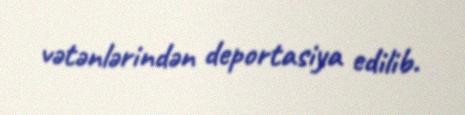
vətənlərindən deportasiya edilib.